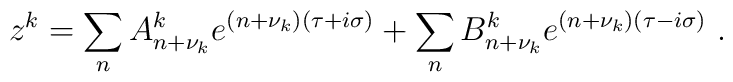
z^k=\sum_n A_{n+\nu_k}^k e^{(n+\nu_k)(\tau+i\sigma)}+ \sum_nB_{n+\nu_k}^ke^{(n+\nu_k)(\tau-i\sigma)} \ .